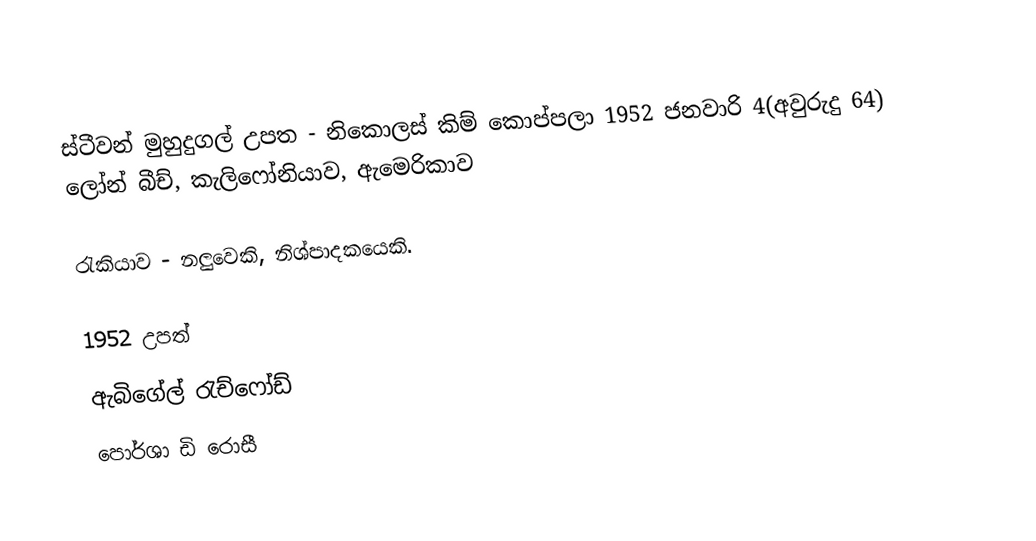
ස්ටීවන් මුහුදුගල් උපත		- නිකොලස් කිම් කොප්පලා 1952 ජනවාරි 4(අවුරුදු 64) ලෝන් බීච්, කැලිෆෝනියාව, ඇමෙරිකාව

රැකියාව		- නලුවෙකි, නිශ්පාදකයෙකි.

1952 උපත්
ඇබිගේල් රැච්ෆෝඩ්
පොර්ශා ඩි රොසී